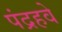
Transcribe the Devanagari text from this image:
पंद्रहवे